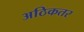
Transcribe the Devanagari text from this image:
अठिकतर